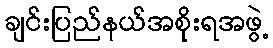
ချင်းပြည်နယ်အစိုးရအဖွဲ့